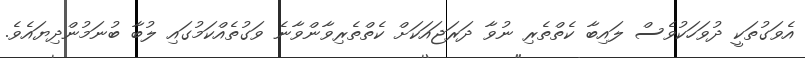
އެވަގުތަކީ ދުވަހަކުވެސް ލައިބާ ކެތްތެރި ނުވާ ދަރަޖައަކަށް ކެތްތެރިވާންވާނެ ވަގުތެއްކަމުގައި ލުބާ ބުނަމުންދިޔައެވެ.